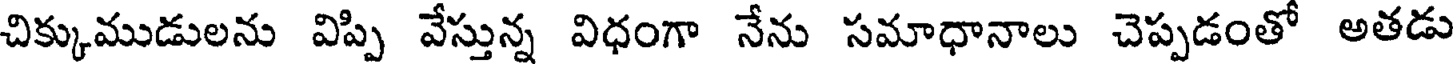
చిక్కుముడులను విప్పి వేస్తున్న విధంగా నేను సమాధానాలు చెప్పడంతో అతడు